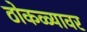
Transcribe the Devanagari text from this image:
ठोकळ्यावर